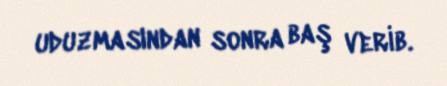
uduzmasından sonra baş verib.